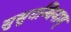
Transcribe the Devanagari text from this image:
सुसुगन्धिनाम्